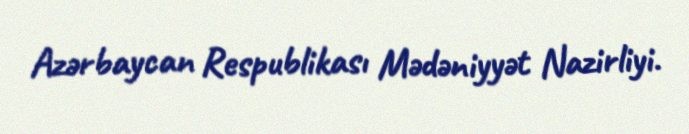
Azərbaycan Respublikası Mədəniyyət Nazirliyi.